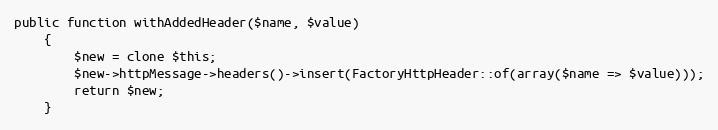
Language: PHP
public function withAddedHeader($name, $value)
    {
        $new = clone $this;
        $new->httpMessage->headers()->insert(FactoryHttpHeader::of(array($name => $value)));
        return $new;
    }